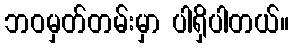
ဘဝမှတ်တမ်းမှာ ပါရှိပါတယ်။